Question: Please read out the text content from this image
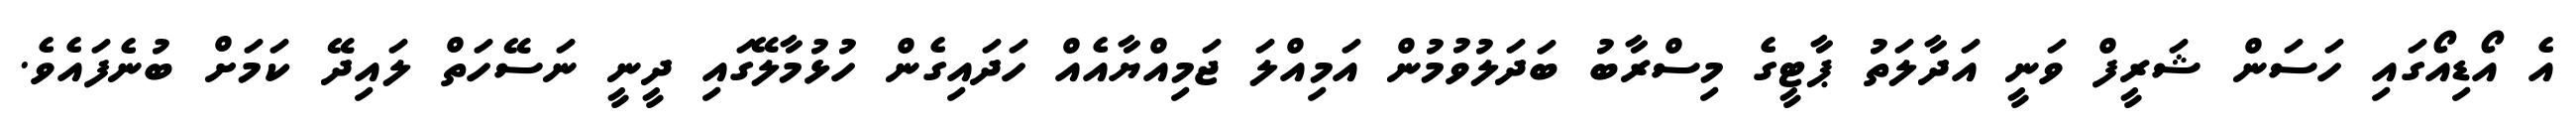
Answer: އެ އޯޑިއޯގައި ހަސަން ޝަރީފް ވަނީ އަދާލަތު ޕާޓީގެ މިސްރާބު ބަދަލުވުމުން އަމިއްލަ ޖަމިއްޔާއެއް ހަދައިގެން ހުޅުމާލޭގައި ދީނީ ނަސޭހަތް ލައިދޭ ކަމަށް ބުނެފައެވެ.